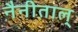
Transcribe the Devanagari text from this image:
नैनीताल्